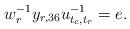
LaTeX: \begin{align*}w_r^{-1} y_{r,36}u_{t_{c},t_{r}}^{-1}=e.\end{align*}